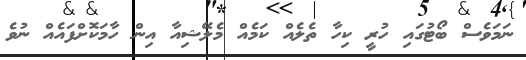
ނަމަވެސް ބޯޓުގައި ހުރީ ކިހާ ތެލެއް ކަމެއް މެލޭޝިއާ އިން ހާމަކޮށްފައެއް ނުވެ